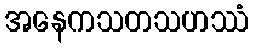
အနေကသတသဟဿံ